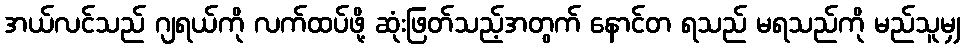
အယ်လင်သည် ဂျရယ်ကို လက်ထပ်ဖို့ ဆုံးဖြတ်သည့်အတွက် နောင်တ ရသည် မရသည်ကို မည်သူမျှ